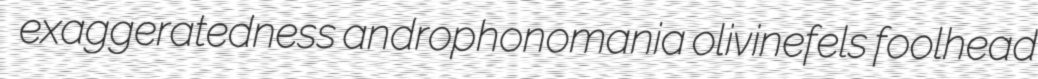
exaggeratedness androphonomania olivinefels foolhead